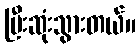
ပြီးဆုံးသွားတယ်။